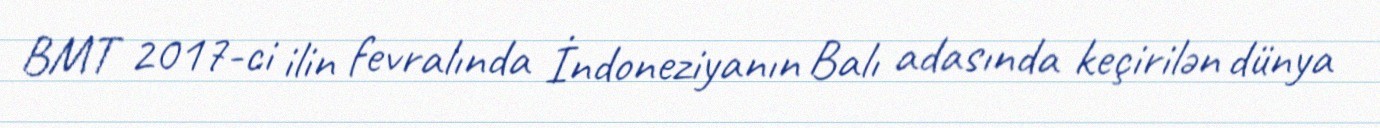
BMT 2017-ci ilin fevralında İndoneziyanın Balı adasında keçirilən dünya